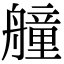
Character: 艟